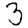
Digit: 3